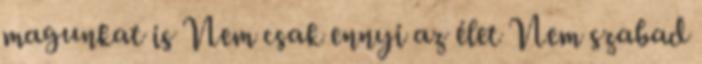
magunkat is Nem csak ennyi az élet Nem szabad